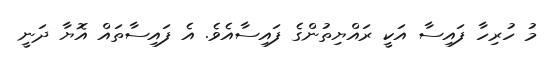
މު ހުރިހާ ފައިސާ އަކީ ރައްޔިތުންގެ ފައިސާއެވެ. އެ ފައިސާތައް އޮޔާ ދަނީ